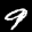
Label: 9